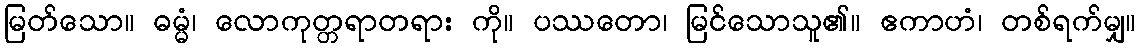
မြတ်သော။ ဓမ္မံ၊ လောကုတ္တရာတရား ကို။ ပဿတော၊ မြင်သောသူ၏။ ဧကာဟံ၊ တစ်ရက်မျှ။